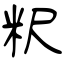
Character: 粎